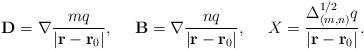
LaTeX: \begin{align*}{\bf D}=\nabla{mq\over{|{\bf r}-{\bf r}_0|}}, \ \ \ \ {\bf B}=\nabla{nq\over{|{\bf r}-{\bf r}_0|}}, \ \ \ \ X={{\Delta^{1/2}_{(m,n)}q}\over{|{\bf r}-{\bf r}_0|}}.\end{align*}